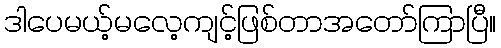
ဒါပေမယ့်မလေ့ကျင့်ဖြစ်တာအတော်ကြာပြီ။